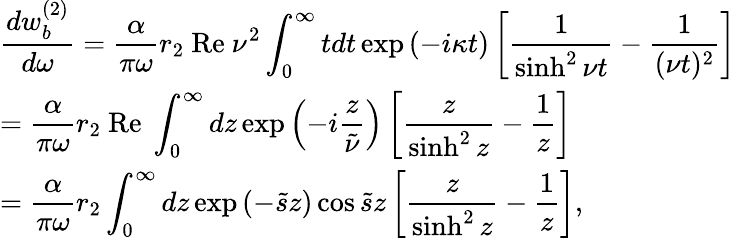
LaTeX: \begin{array}{ll}{{\displaystyle{\frac{dw_{b}^{(2)}}{d\omega}=\frac{\alpha}{\pi\omega}r_{2}~\mathrm{Re}~\nu^{2}\int_{0}^{\infty}tdt\exp\left(-i\kappa t\right)\left[\frac{1}{\sinh^{2}\nu t}-\frac{1}{(\nu t)^{2}}\right]}}}\\ {{\displaystyle{=\frac{\alpha}{\pi\omega}r_{2}~\mathrm{Re}~\int_{0}^{\infty}dz\exp\left(-i\frac{z}{\tilde{\nu}}\right)\left[\frac{z}{\sinh^{2}z}-\frac{1}{z}\right]}}}\\ {{\displaystyle{=\frac{\alpha}{\pi\omega}r_{2}\int_{0}^{\infty}dz\exp\left(-\tilde{s}z\right)\cos\tilde{s}z\left[\frac{z}{\sinh^{2}z}-\frac{1}{z}\right]},}}\end{array}